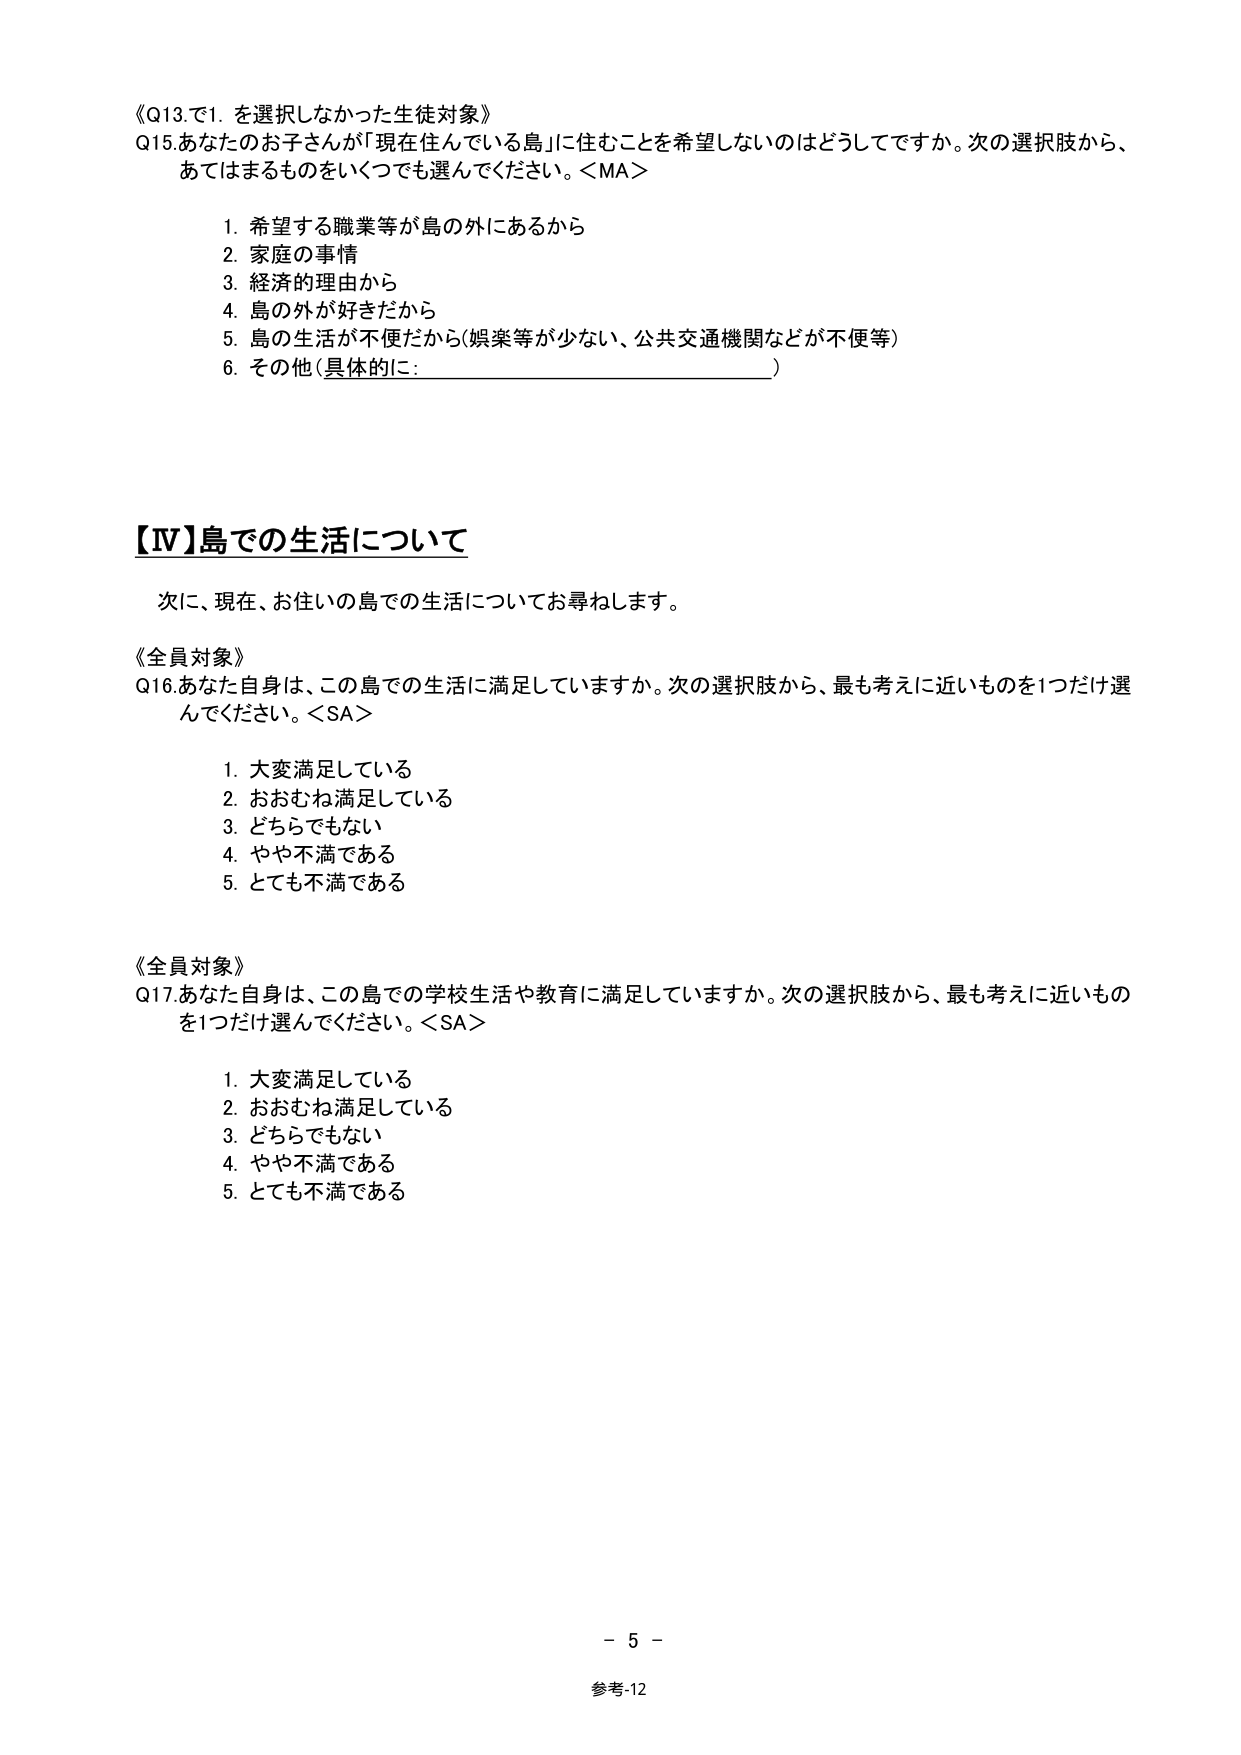
《Q13.で1. を選択しなかった生徒対象》
Q15.あなたの子さんが「現在住んでいる島」に住むことを希望しないのはどうしてですか。次の選択肢から、
あてはまるものをいくつでも選んでください。＜MA＞

1. 希望する職業等が島の外にあるから
2. 家庭の事情
3. 経済的理由から
4. 島の外が好きだから
5. 島の生活が不便だから（娯楽等が少ない、公共交通機関などが不便等）
6. その他（具体的に：________________________）

【Ⅳ】島での生活について

次に、現在、お住いの島での生活についてお尋ねします。

《全員対象》
Q16.あなた自身は、この島での生活に満足していますか。次の選択肢から、最も考えに近いものを1つだけ選んでください。＜SA＞

1. 大変満足している
2. おおむね満足している
3. どちらでもない
4. やや不満である
5. とても不満である

《全員対象》
Q17.あなた自身は、この島での学校生活や教育に満足していますか。次の選択肢から、最も考えに近いものを1つだけ選んでください。＜SA＞

1. 大変満足している
2. おおむね満足している
3. どちらでもない
4. やや不満である
5. とても不満である

－ 5 －
参考-12